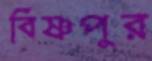
বিষ্ণপুর